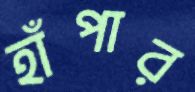
হাঁপার